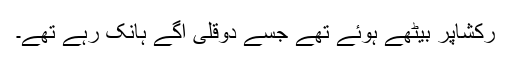
رکشاپر بیٹھے ہوئے تھے جسے دوقلی آگے ہانک رہے تھے۔